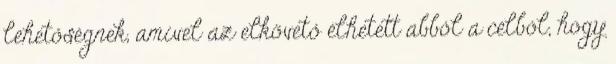
lehetőségnek, amivel az elkövető élhetett abból a célból, hogy